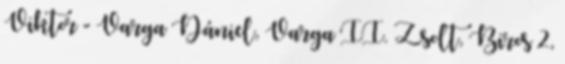
Viktor - Varga Dániel, Varga II. Zsolt, Biros 2,